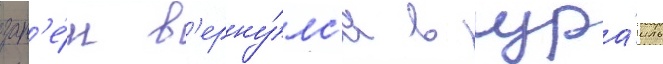
зат'е́м в'ерну́лс'я в изра́иль